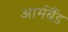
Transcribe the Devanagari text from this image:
आर्मबैंड